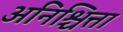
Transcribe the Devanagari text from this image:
अनिश्चित्ता